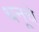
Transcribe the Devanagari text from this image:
धनूचे